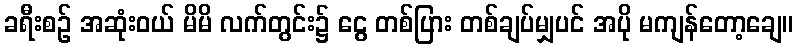
ခရီးစဉ် အဆုံးဝယ် မိမိ လက်တွင်း၌ ငွေ တစ်ပြား တစ်ချပ်မျှပင် အပို မကျန်တော့ချေ။